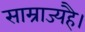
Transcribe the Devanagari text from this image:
साम्राज्यहै।